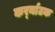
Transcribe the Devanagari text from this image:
कर्र्नाटक